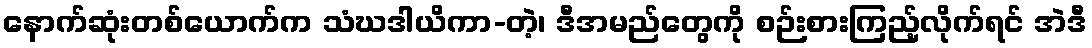
နောက်ဆုံးတစ်ယောက်က သံဃဒါယိကာ-တဲ့၊ ဒီအမည်တွေကို စဉ်းစားကြည့်လိုက်ရင် အဲဒီ